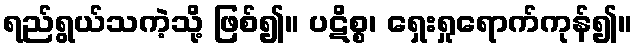
ရည်ရွယ်သကဲ့သို့ ဖြစ်၍။ ပဋိစ္စ၊ ရှေးရှုရောက်ကုန်၍။